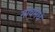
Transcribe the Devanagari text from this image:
गावमधे